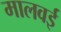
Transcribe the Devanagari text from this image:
मालवई